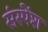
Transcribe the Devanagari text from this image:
संस्‍पेंश